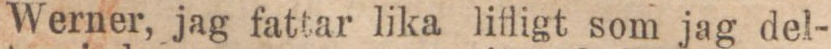
Werner, jag fattar lika lifligt som jag del-